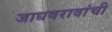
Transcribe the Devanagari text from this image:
जाधवरावांची